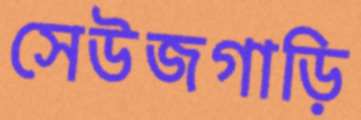
সেউজগাড়ি